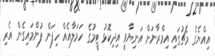
އިއްޔެގެ މެޗުގައި އިމްރާނަށް އަނިޔާވީ އިދިކޮޅު ޓީމުގެ ހަމަލާއެއް ހިފަން ފުންމައިގެން އެރި